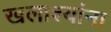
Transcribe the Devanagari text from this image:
खलाश्यांना